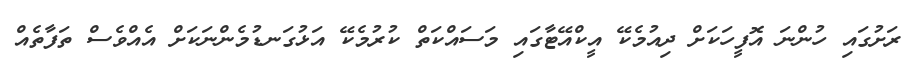
ރަށުގައި ހުންނަ އޮފީހަކަށް ދިއުމެކޭ އީކްއޭޓާގައި މަސައްކަތް ކުރުމެކޭ އަޅުގަނޑުމެންނަކަށް އެއްވެސް ތަފާތެއް